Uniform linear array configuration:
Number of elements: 16
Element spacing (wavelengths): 0.25
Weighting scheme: exponential
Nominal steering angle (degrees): -15
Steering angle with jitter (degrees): -13.236
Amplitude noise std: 0.05
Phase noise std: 0.05

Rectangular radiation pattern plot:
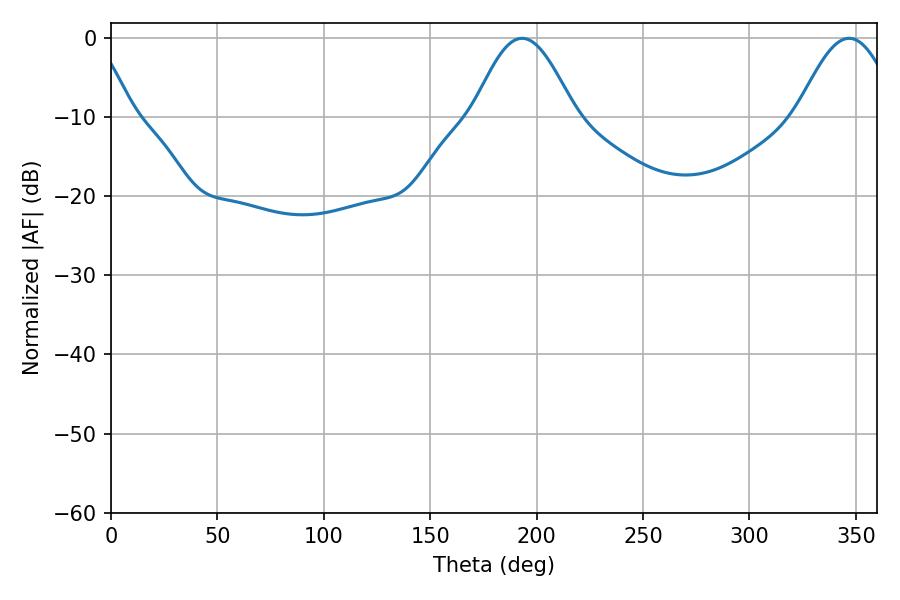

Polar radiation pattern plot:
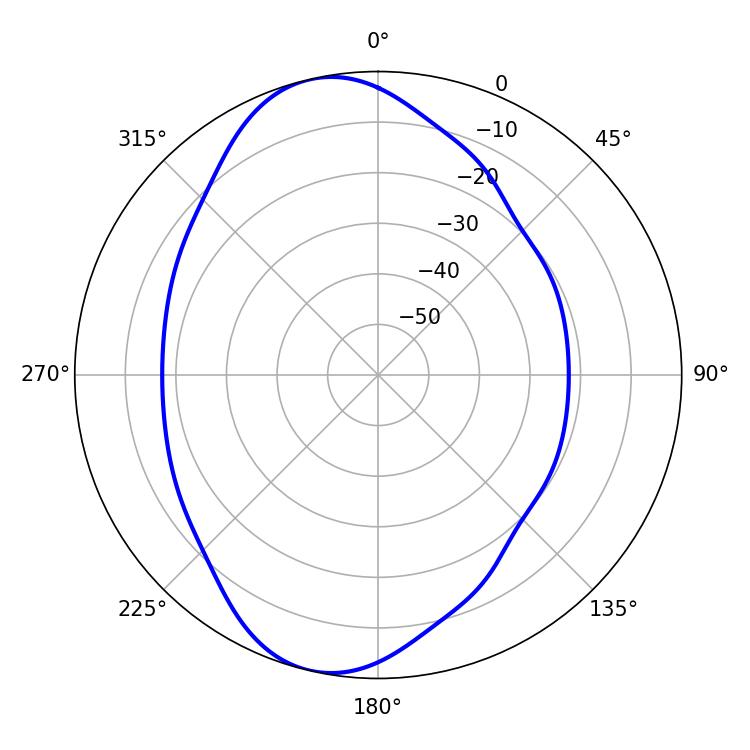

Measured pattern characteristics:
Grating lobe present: FALSE
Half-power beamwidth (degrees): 25.56
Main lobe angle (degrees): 193.14